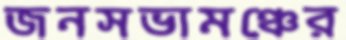
জনসভামঞ্চের